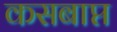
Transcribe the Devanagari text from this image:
कसबाप्त